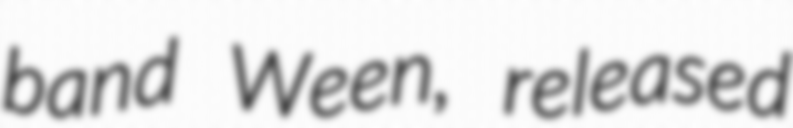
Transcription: band Ween, released